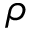
\rho